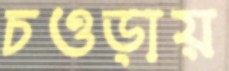
চওড়ায়